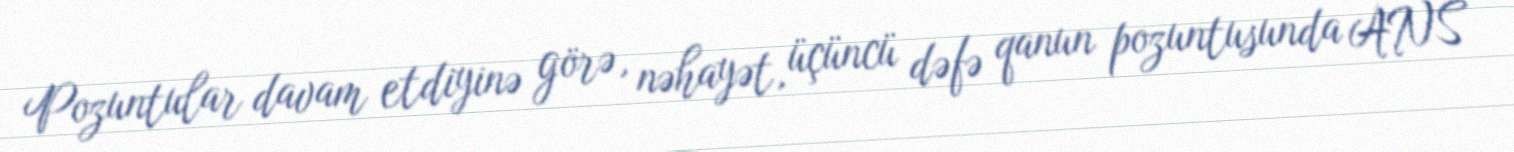
Pozuntular davam etdiyinə görə, nəhayət, üçüncü dəfə qanun pozuntusunda ANS